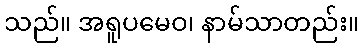
သည်။ အရူပမေဝ၊ နာမ်သာတည်း။